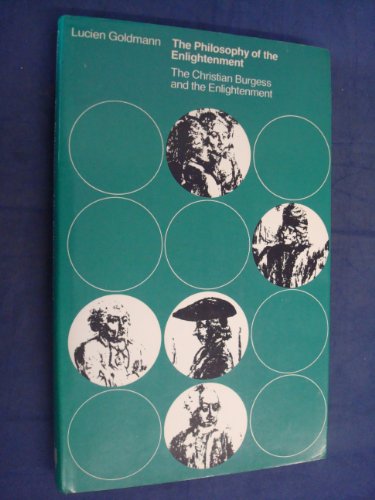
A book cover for The Philosophy of the Enlightenment: The Burgess and the Enlightenment; Lucien Goldmann; Politics & Social Sciences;